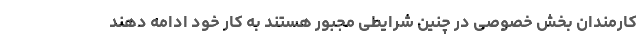
کارمندان بخش خصوصی در چنین شرایطی مجبور هستند به کار خود ادامه دهند